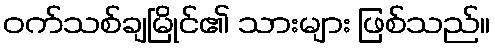
ဝက်သစ်ချမြိုင်၏ သားများ ဖြစ်သည်။